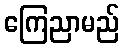
ကြေညာမည်